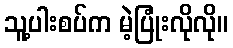
သူ့ပါးစပ်က မဲ့ပြုံးလိုလို။